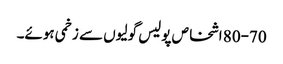
80-70 اشخاص پولیس گولیوں سے زخمی ہوئے۔